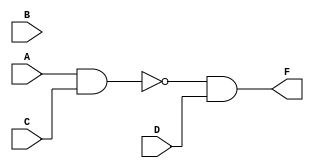
`timescale 1ns / 1ps
//////////////////////////////////////////////////////////////////////////////////
// Company: 
// Engineer: 
// 
// Design Name: 
// Module Name: mls_3
// Project Name: 
// Target Devices: 
// Tool Versions: 
// Description: 
// 
// Dependencies: 
// 
// Revision:
// Revision 0.01 - File Created
// Additional Comments:
// 
//////////////////////////////////////////////////////////////////////////////////


module mls_4(
    A,B,C,D,F
    );
    input A,B,C,D;
    output F;
    assign G = (A&C);
    assign F = ~G&D;
endmodule